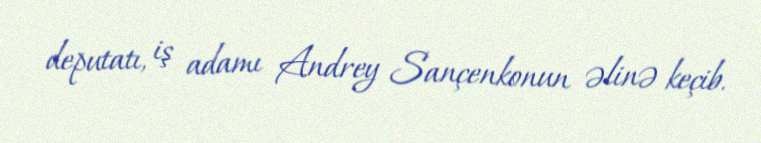
deputatı, iş adamı Andrey Sançenkonun əlinə keçib.